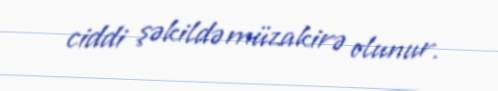
ciddi şəkildə müzakirə olunur.